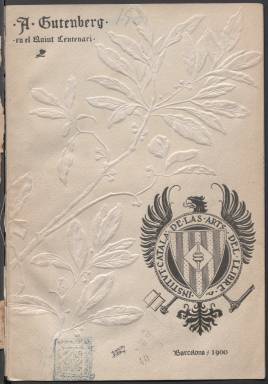
Título: Revista gráfica
Colección: Libros
Ámbito geográfico: Barcelona
Lugar de publicación: Barcelona
Fechas: 01/01/1900-30/04/1928